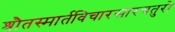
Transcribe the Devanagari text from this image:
श्रौतस्मार्तविचारसारचतुरो